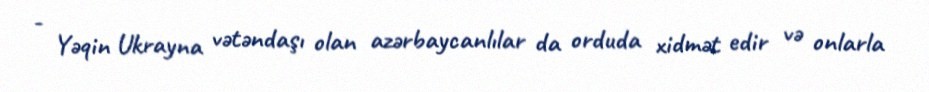
- Yəqin Ukrayna vətəndaşı olan azərbaycanlılar da orduda xidmət edir və onlarla